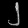
Digit: ၂